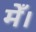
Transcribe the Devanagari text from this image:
मेँ।